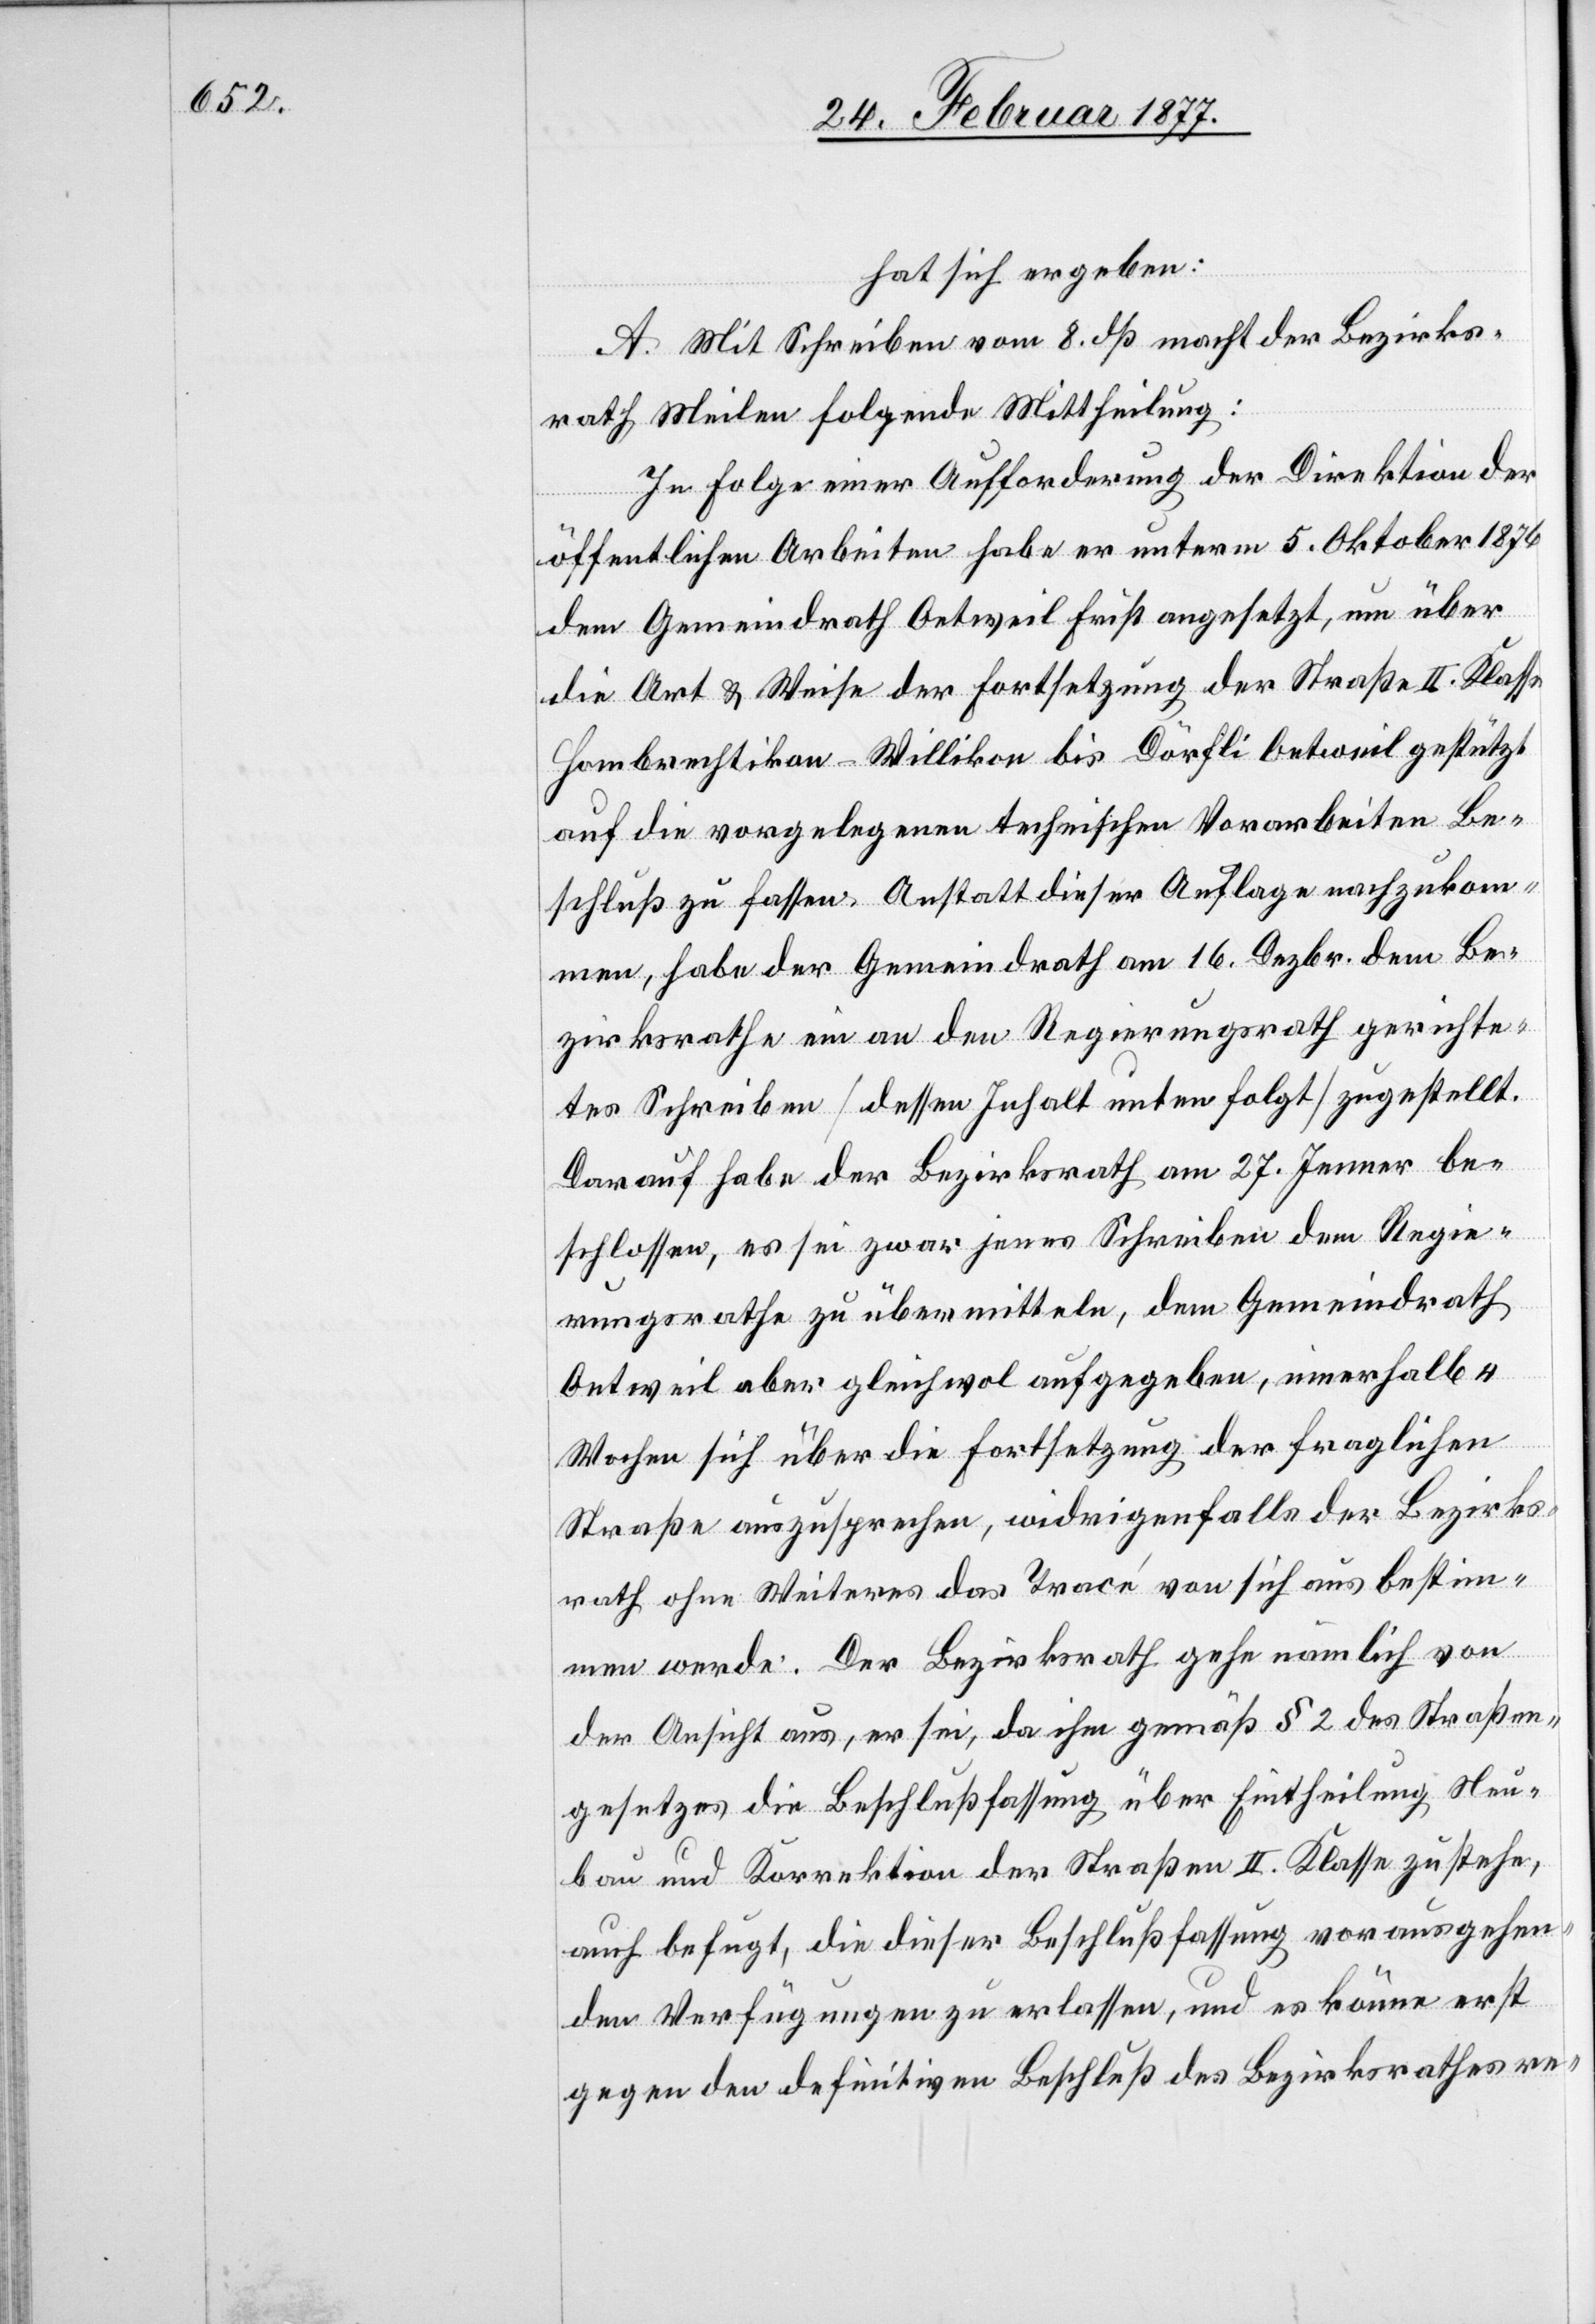
hat sich ergeben:
A. Mit Schreiben vom 8. dß. macht der Bezirks¬
rath Meilen folgende Mittheilung:
In Folge einer Aufforderung der Direktion der
öffentlichen Arbeiten habe er unterm 5. Oktober 1876
dem Gemeindrath Oetweil Frist angesetzt, um über
die Art & Weise der Fortsetzung der Straße II. Klasse
Hombrechtikon–Willikon bis Dörfli Oetweil gestützt
auf die vorgelegenen technischen Vorarbeiten Be¬
schluß zu fassen. Anstatt dieser Auflage nachzukom¬
men, habe der Gemeindrath am 16. Dezbr. dem Be¬
zirksrathe ein an den Regierungsrath gerichte¬
tes Schreiben [dessen Inhalt unten folgt] zugestellt.
Darauf habe der Bezirksrath am 27. Jenner be¬
schlossen, es sei zwar jenes Schreiben dem Regie¬
rungsrathe zu übermitteln, dem Gemeindrath
Oetweil aber gleichwol aufgegeben, innerhalb 4
Wochen sich über die Fortsetzung der fraglichen
Straße auszusprechen, widrigenfalls der Bezirks¬
rath ohne Weiteres das Tracé von sich aus bestim¬
men werde. Der Bezirksrath gehe nämlich von
der Ansicht aus, er sei, da ihm gemäß § 2 des Straßen¬
gesetzes die Beschlußfassung über Eintheilung[,] Neu¬
bau und Korrektion der Straßen II. Klasse zustehe,
auch befugt, die dieser Beschlußfassung vorausgehen¬
den Verfügungen zu erlassen, und es könne erst
gegen den definitiven Beschluß des Bezirksrathes re-